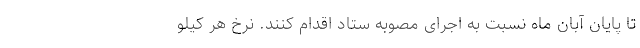
تا پایان آبان ماه نسبت به اجرای مصوبه ستاد اقدام کنند. نرخ هر کیلو